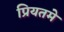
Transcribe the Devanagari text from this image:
प्रियतमे